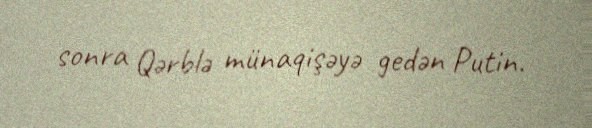
sonra Qərblə münaqişəyə gedən Putin.